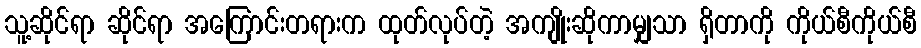
သူ့ဆိုင်ရာ ဆိုင်ရာ အကြောင်းတရားက ထုတ်လုပ်တဲ့ အကျိုးဆိုကာမျှသာ ရှိတာကို ကိုယ်စီကိုယ်စီ